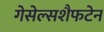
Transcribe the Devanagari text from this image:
गेसेल्सशैफटेन